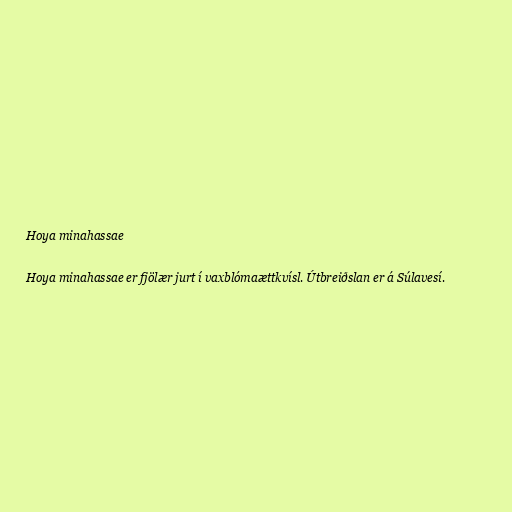
Hoya minahassae

Hoya minahassae er fjölær jurt í vaxblómaættkvísl. Útbreiðslan er á Súlavesí.